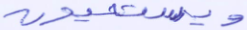
ويستحيون